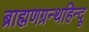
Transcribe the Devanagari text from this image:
ब्राह्मणग्रन्थहिन्दू